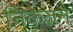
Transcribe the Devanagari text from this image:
निकेतने